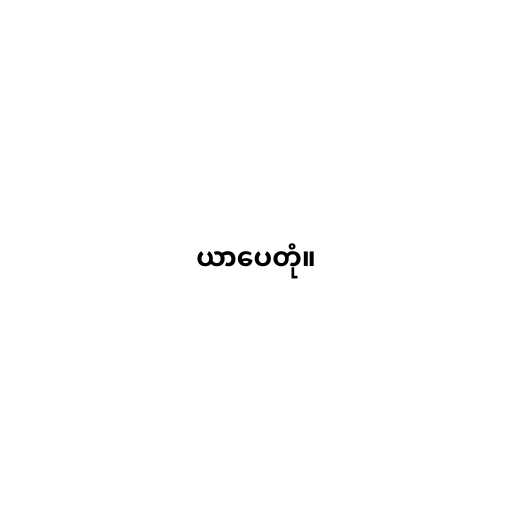
ယာပေတုံ။